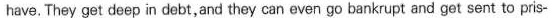
have.They get deep in debt,and they can even go bankrupt and get sent to pris-